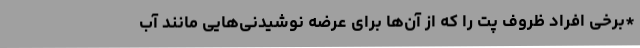
*برخی افراد ظروف پت را که از آن‌ها برای عرضه نوشیدنی‌هایی مانند آب